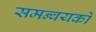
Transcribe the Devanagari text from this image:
समन्वयकों